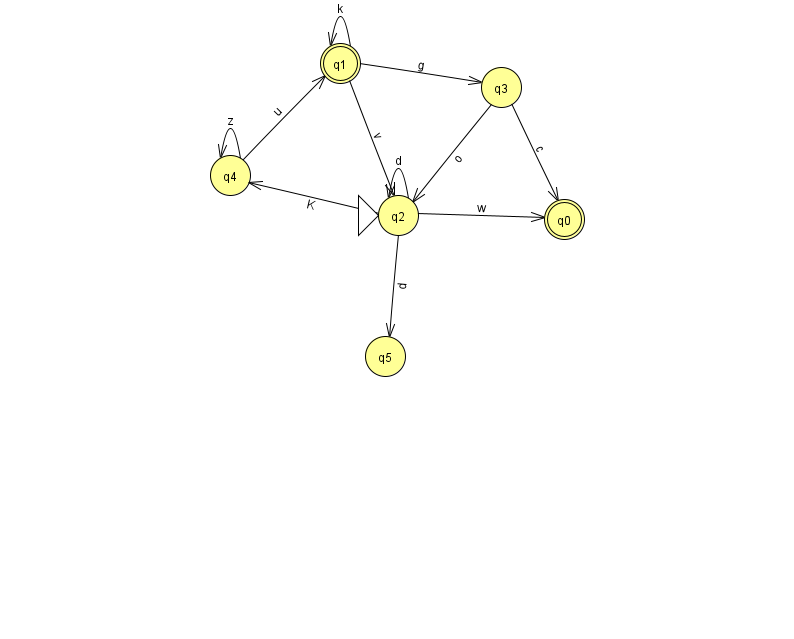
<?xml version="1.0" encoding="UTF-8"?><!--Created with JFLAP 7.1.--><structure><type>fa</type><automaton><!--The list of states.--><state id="0" name="q0"><x>564.0</x><y>206.0</y><final/></state><state id="1" name="q1"><x>340.0</x><y>50.0</y><final/></state><state id="2" name="q2"><x>398.0</x><y>202.0</y><initial/></state><state id="3" name="q3"><x>501.0</x><y>74.0</y></state><state id="4" name="q4"><x>230.0</x><y>162.0</y></state><state id="5" name="q5"><x>385.0</x><y>343.0</y></state><!--The list of transitions.--><transition><from>2</from><to>5</to><read>d</read></transition><transition><from>2</from><to>2</to><read>d</read></transition><transition><from>3</from><to>0</to><read>c</read></transition><transition><from>2</from><to>4</to><read>K</read></transition><transition><from>1</from><to>3</to><read>g</read></transition><transition><from>4</from><to>1</to><read>u</read></transition><transition><from>4</from><to>4</to><read>z</read></transition><transition><from>1</from><to>1</to><read>k</read></transition><transition><from>1</from><to>2</to><read>v</read></transition><transition><from>2</from><to>0</to><read>w</read></transition><transition><from>3</from><to>2</to><read>o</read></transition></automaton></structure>